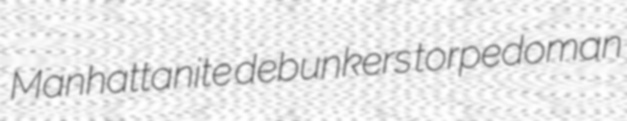
Manhattanite debunkers torpedoman